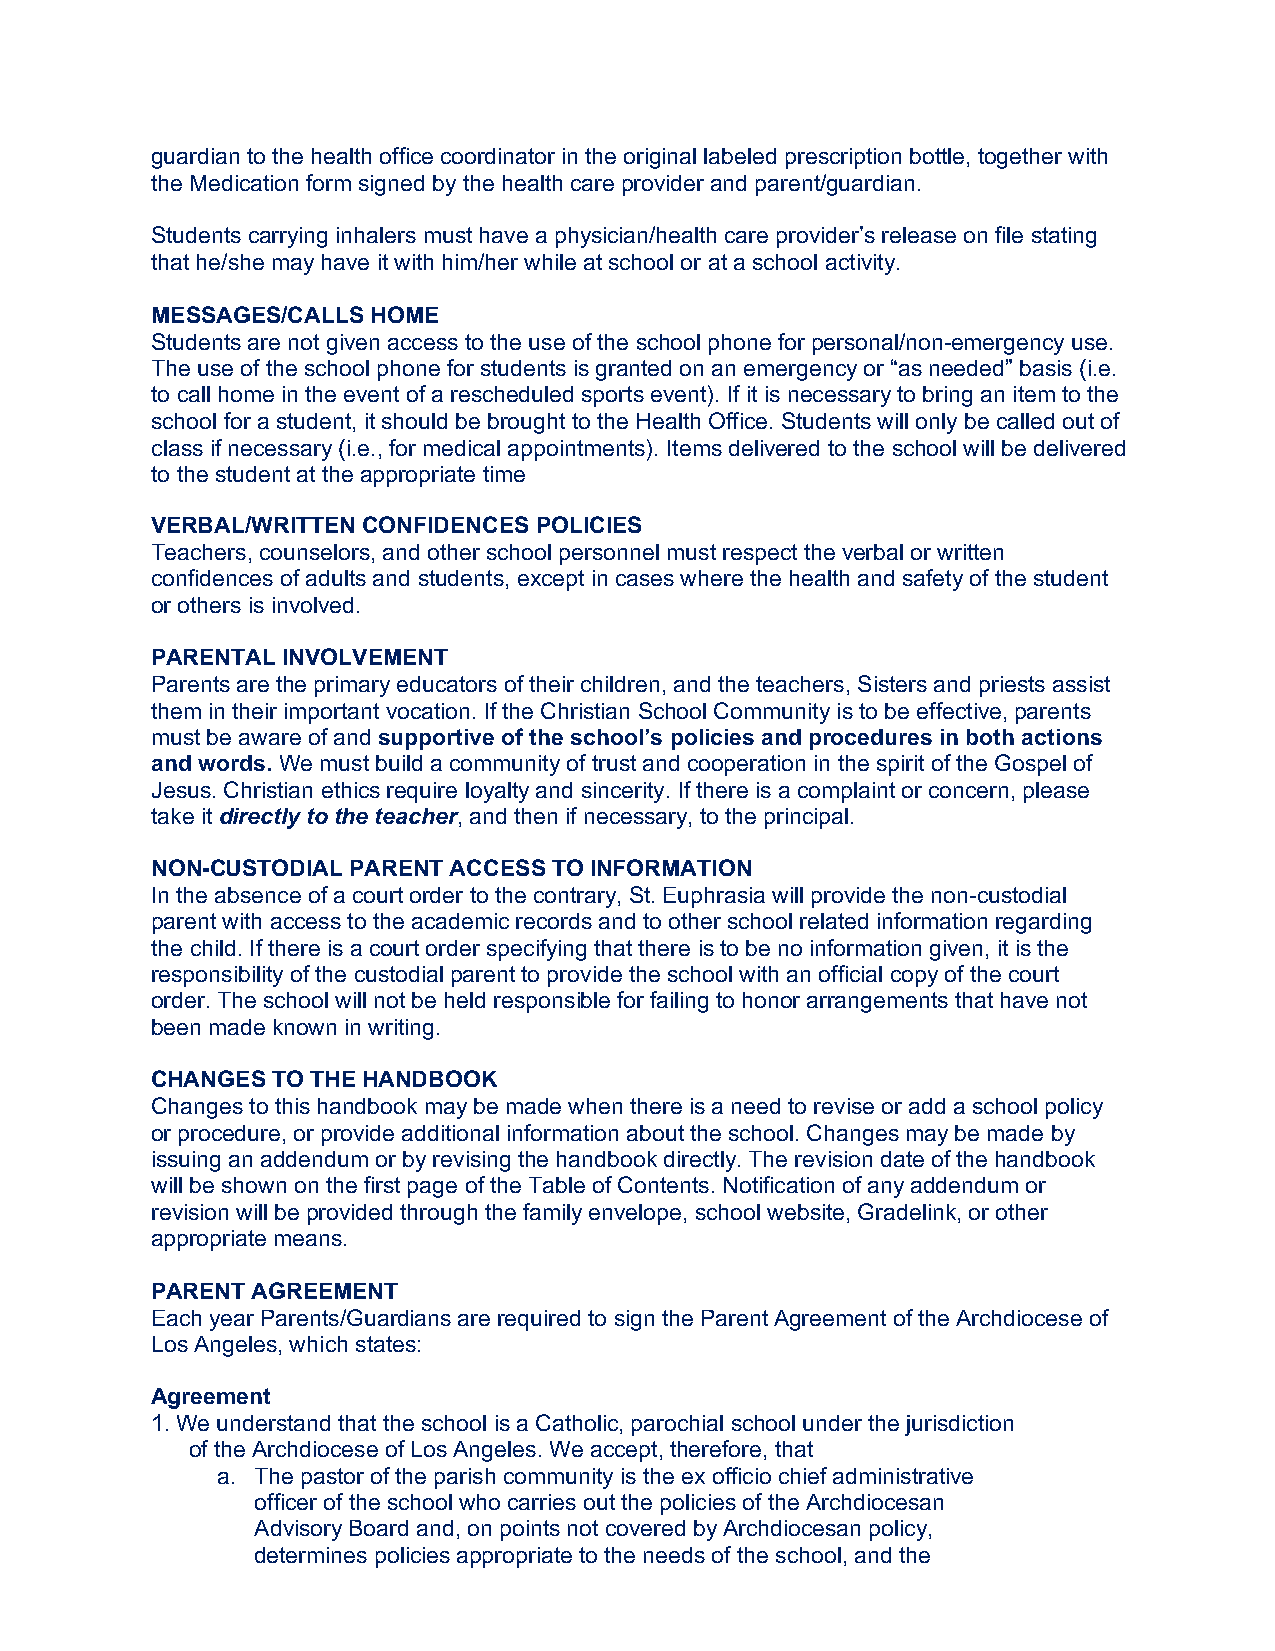
guardian to the health office coordinator in the original labeled prescription bottle, together with
 the Medication form signed by the health care provider and parent/guardian.
 Students carrying inhalers must have a physician/health care provider’s release on file stating
 that he/she may have it with him/her while at school or at a school activity.
 MESSAGES/CALLS HOME
 Students are not given access to the use of the school phone for personal/non-emergency use.
 The use of the school phone for students is granted on an emergency or “as needed” basis (i.e.
 to call home in the event of a rescheduled sports event). If it is necessary to bring an item to the
 school for a student, it should be brought to the Health Office. Students will only be called out of
 class if necessary (i.e., for medical appointments). Items delivered to the school will be delivered
 to the student at the appropriate time
 VERBAL/WRITTEN CONFIDENCES POLICIES
 Teachers, counselors, and other school personnel must respect the verbal or written
 confidences of adults and students, except in cases where the health and safety of the student
 or others is involved.
 PARENTAL INVOLVEMENT
 Parents are the primary educators of their children, and the teachers, Sisters and priests assist
 them in their important vocation. If the Christian School Community is to be effective, parents
 must be aware of and supportive of the school’s policies and procedures in both actions
 and words. We must build a community of trust and cooperation in the spirit of the Gospel of
 Jesus. Christian ethics require loyalty and sincerity. If there is a complaint or concern, please
 take it directly to the teacher, and then if necessary, to the principal.
 NON-CUSTODIAL PARENT ACCESS TO INFORMATION
 In the absence of a court order to the contrary, St. Euphrasia will provide the non-custodial
 parent with access to the academic records and to other school related information regarding
 the child. If there is a court order specifying that there is to be no information given, it is the
 responsibility of the custodial parent to provide the school with an official copy of the court
 order. The school will not be held responsible for failing to honor arrangements that have not
 been made known in writing.
 CHANGES TO THE HANDBOOK
 Changes to this handbook may be made when there is a need to revise or add a school policy
 or procedure, or provide additional information about the school. Changes may be made by
 issuing an addendum or by revising the handbook directly. The revision date of the handbook
 will be shown on the first page of the Table of Contents. Notification of any addendum or
 revision will be provided through the family envelope, school website, Gradelink, or other
 appropriate means.
 PARENT AGREEMENT
 Each year Parents/Guardians are required to sign the Parent Agreement of the Archdiocese of
 Los Angeles, which states:
 Agreement
 1. We understand that the school is a Catholic, parochial school under the jurisdiction
 of the Archdiocese of Los Angeles. We accept, therefore, that
 a. The pastor of the parish community is the ex officio chief administrative
 officer of the school who carries out the policies of the Archdiocesan
 Advisory Board and, on points not covered by Archdiocesan policy,
 determines policies appropriate to the needs of the school, and the